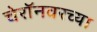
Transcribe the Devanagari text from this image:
चेरॉनवरच्या